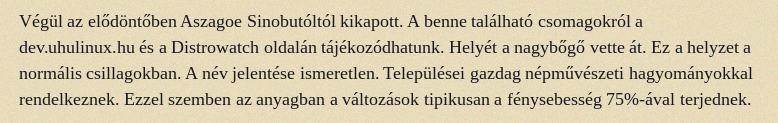
Végül az elődöntőben Aszagoe Sinobutóltól kikapott. A benne található csomagokról a dev.uhulinux.hu és a Distrowatch oldalán tájékozódhatunk. Helyét a nagybőgő vette át. Ez a helyzet a normális csillagokban. A név jelentése ismeretlen. Települései gazdag népművészeti hagyományokkal rendelkeznek. Ezzel szemben az anyagban a változások tipikusan a fénysebesség 75%-ával terjednek.